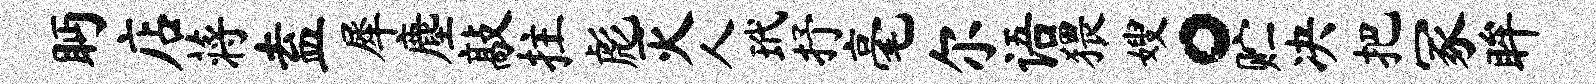
眄店蒋盍犀麈敲拄彪灭人玳抒毫尔语猥嫂。贮决把冢眸